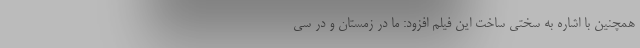
همچنین با اشاره به سختی ساخت این فیلم افزود: ما در زمستان و در سی